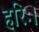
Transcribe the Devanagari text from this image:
हरिः।